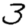
Digit: 3